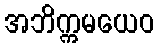
အဘိက္ကမယေဝ